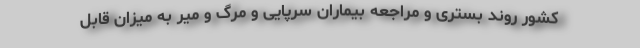
کشور روند بستری و مراجعه بیماران سرپایی و مرگ و میر به میزان قابل